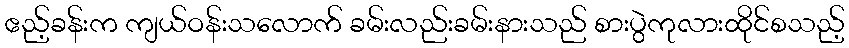
ဧည့်ခန်းက ကျယ်ဝန်းသလောက် ခမ်းလည်းခမ်းနားသည် စားပွဲကုလားထိုင်စသည့်